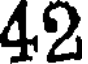
42